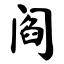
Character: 阎